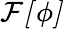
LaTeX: \mathcal{F[{\phi}]}